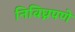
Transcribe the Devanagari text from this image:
निविघ्नपणे